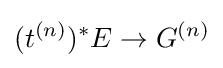
(t^{(n)})^{*}E\to G^{(n)}